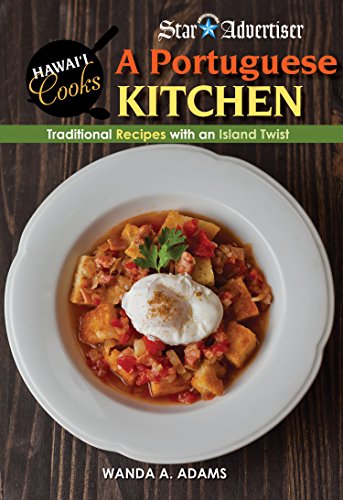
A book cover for Portuguese Kitchen: Traditional Recipes With an Island Twist; Wanda A. Adams; Cookbooks, Food & Wine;